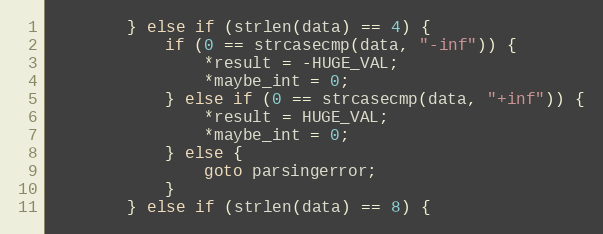
Language: C
        } else if (strlen(data) == 4) {
            if (0 == strcasecmp(data, "-inf")) {
                *result = -HUGE_VAL;
                *maybe_int = 0;
            } else if (0 == strcasecmp(data, "+inf")) {
                *result = HUGE_VAL;
                *maybe_int = 0;
            } else {
                goto parsingerror;
            }
        } else if (strlen(data) == 8) {